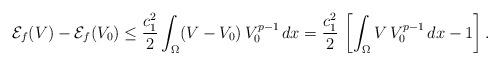
LaTeX: \begin{align*}\mathcal{E}_f(V)-\mathcal{E}_f(V_0)&\le\frac{c_1^2}{2}\int_\Omega(V-V_0)\,V_0^{p-1}\,dx=\frac{c_1^2}{2}\,\left[\int_\Omega V\,V_0^{p-1}\,dx-1\right].\end{align*}